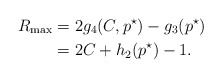
\begin{align*}R_{\max}&=2g_4(C,p^\star)-g_3(p^\star)\\&= 2C+h_2(p^\star)-1.\end{align*}